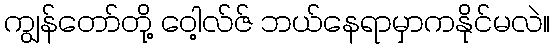
ကျွန်တော်တို့ ဝေါ့လ်ဇ် ဘယ်နေရာမှာကနိုင်မလဲ။